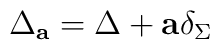
\Delta_{\bf a}=\Delta +{\bf a} \delta_\Sigma